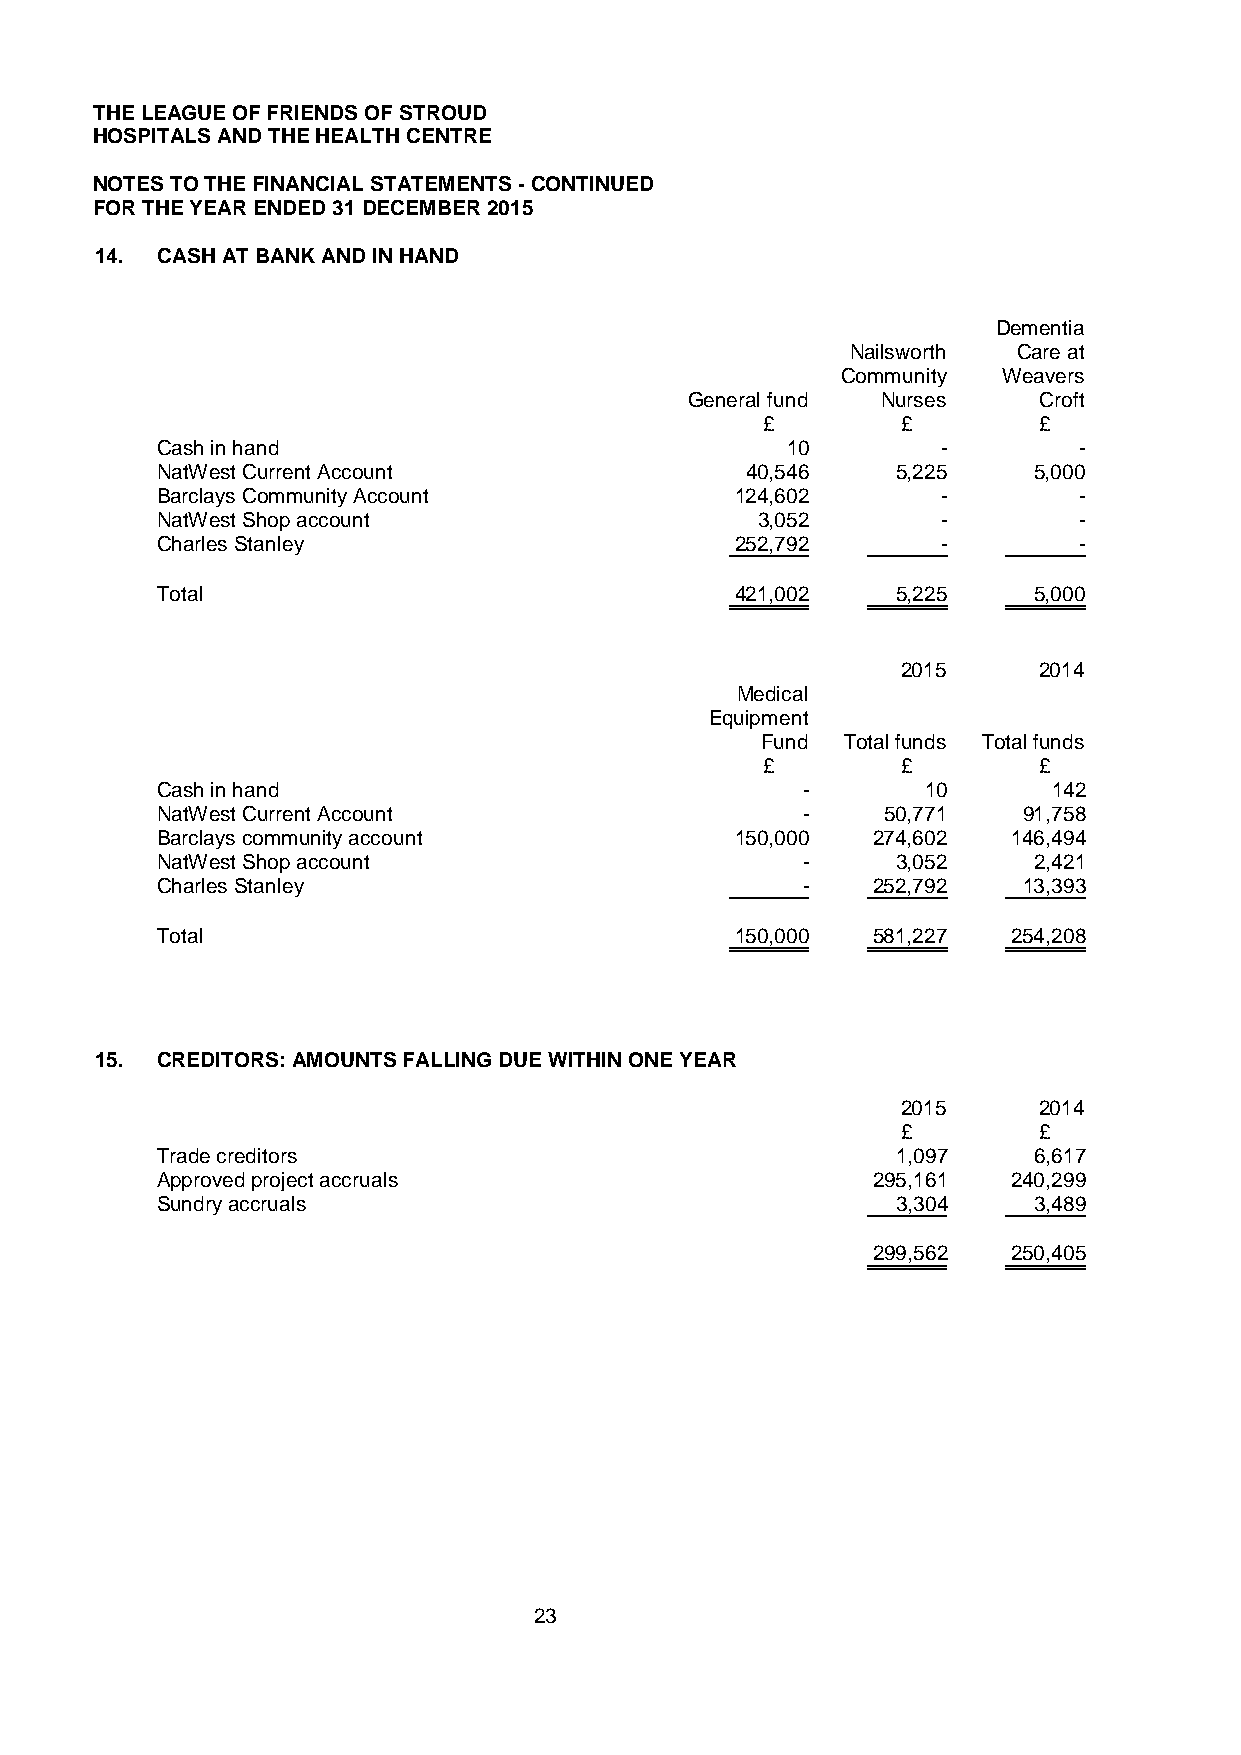
THELEAGUE OF FRIENDS OF STROUD
 HOSPITALS AND THE HEALTH CENTRE
 NOTES TO THE FINANCIAL STATEMENTS-CONTINUED
 FOR THE YEAR ENDED 31DECEMBER2015
 14. CASH AT BANK AND IN HAND
 Dementia
 Nailsworth Care at
 Community Weavers
 General fund Nurses    Croft
 £         £        £
 Cash in hand                              10        -        -
 NatWest Current Account                40,546    5,225    5,000
 Barclays Community Account             124,602      -        -
 NatWest Shop account                    3,052       -        -
 Charles Stanley                        252,792      -        -
 Total                                  421,002   5,225    5,000
 2015     2014
 Medical
 Equipment
 Fund  Total funds Total funds
 £         £        £
 Cash in hand                               -       10       142
 NatWest Current Account                    -     50,771   91,758
 Barclays community account             150,000  274,602  146,494
 NatWest Shop account                       -     3,052    2,421
 Charles Stanley                            -    252,792   13,393
 Total                                  150,000  581,227  254,208
 15. CREDITORS: AMOUNTS FALLING DUE WITHIN ONE YEAR
 2015     2014
 £        £
 Trade creditors                                  1,097    6,617
 Approved project accruals                       295,161  240,299
 Sundry accruals                                  3,304    3,489
 299,562  250,405
 23